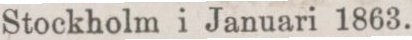
Stockholm i Januari 1863.